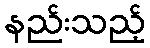
နည်းသည့်